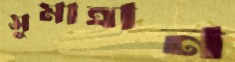
সুমাত্রান